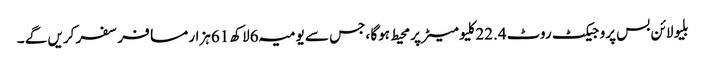
بلیو لائن بس پروجیکٹ روٹ 22.4کلیو میٹر پر محیط ہوگا ،جس سے یومیہ 6لاکھ 61ہزار مسافر سفر کریں گے ۔